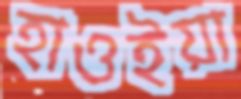
হাওইয়া